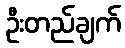
ဦးတည်ချက်